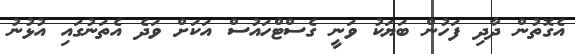
އެގޮތުން ދާދި ފަހުން ބަޔަކު ވަނީ ގެސްޓްހައުސް އަކަށް ވަދެ އެތަނުގައި އުޅުނު